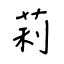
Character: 莉